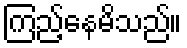
ကြည့်နေမိသည်။